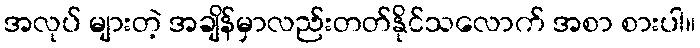
အလုပ် များတဲ့ အချိန်မှာလည်းတတ်နိုင်သလောက် အစာ စားပါ။